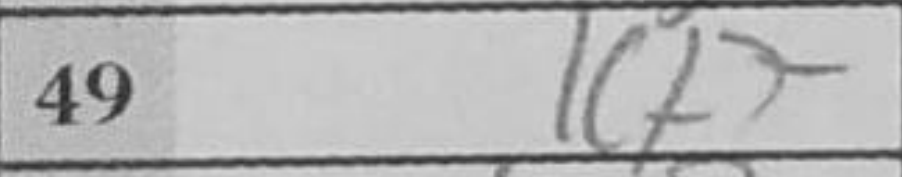
Transcription: Kf7